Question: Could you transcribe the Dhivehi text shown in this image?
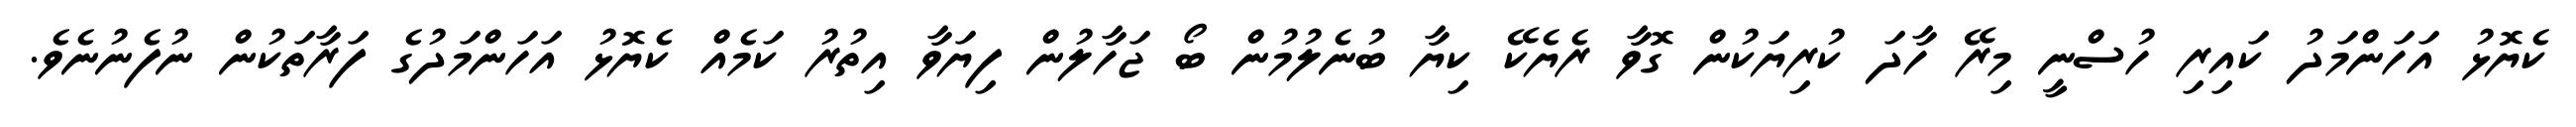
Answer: ކެޔޮޅު އަހަންމަދު ކައިރި ހުސްނީ މިރޭ ހާދަ ކުރިޔަކުން ގޮވާ ރެޔެކޭ ކިޔާ ބުނެލުމުން ބޯ ޖަހާލުން ފިޔަވާ އިތުރު ކަމެއް ކެޔޮޅު އަހަންމަދުގެ ފަރާތަކުން ނުފެނުނެވެ.